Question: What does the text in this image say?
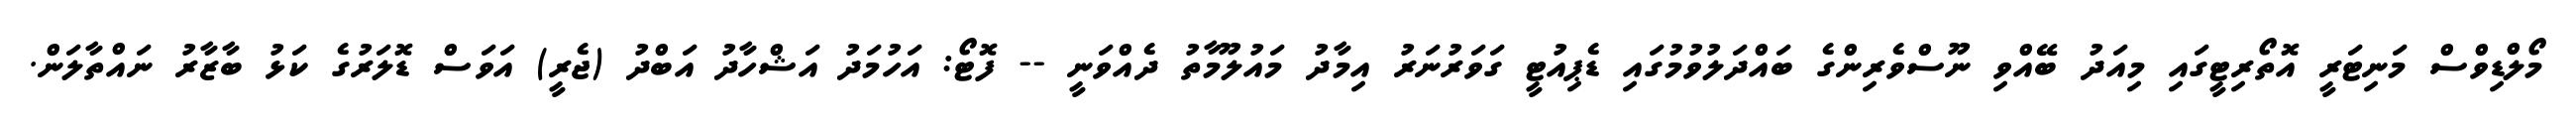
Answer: މޯލްޑިވްސް މަނިޓަރީ އޮތޯރިޓީގައި މިއަދު ބޭއްވި ނޫސްވެރިންގެ ބައްދަލުވުމުގައި ޑެޕިއުޓީ ގަވަރުނަރު އިމާދު މައުލޫމާތު ދެއްވަނީ -- ފޮޓޯ: އަހުމަދު އަޝްހާދު އަބްދު (ޖެރީ) އަވަސް ޑޮލަރުގެ ކަޅު ބާޒާރު ނައްތާލަން.